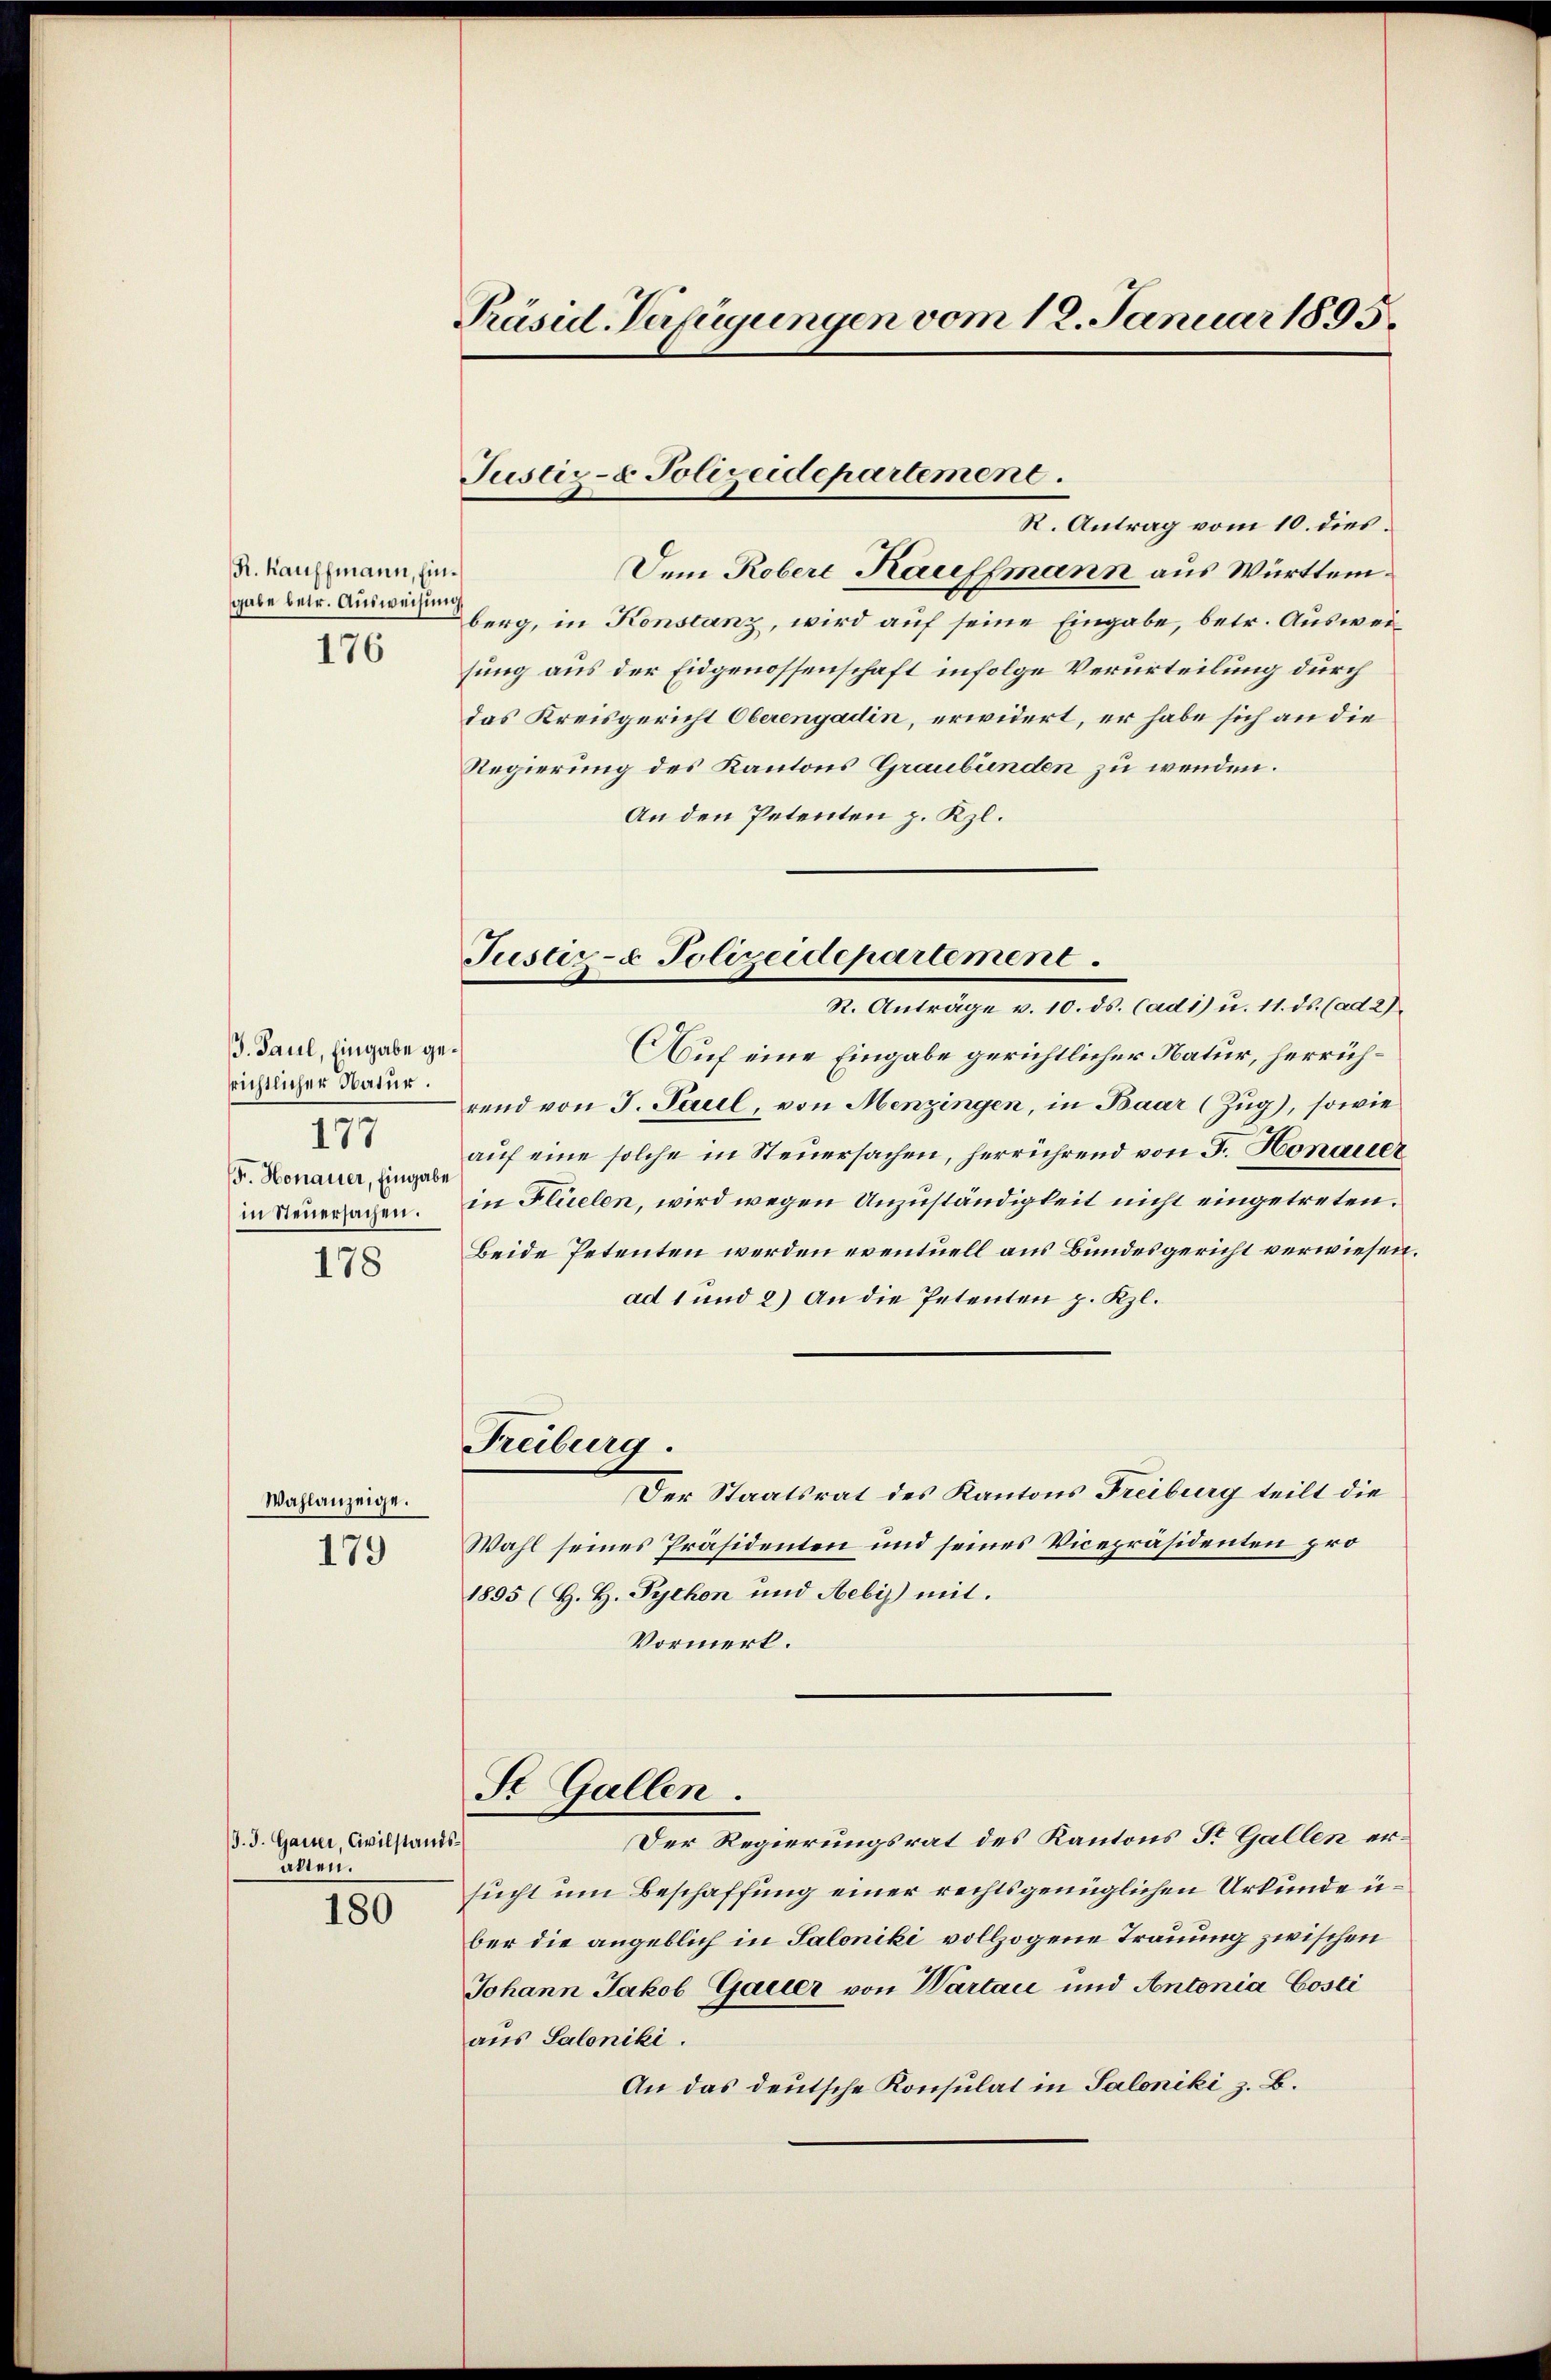
R. Kauffmann, Ein
gabe betr. Ausweisung
176

/3. Paul, Eingabe ge
srichtlicher Natur.
177
Fr. Honauer, Eingabe
in Steuersachen.

178

Wahlanzeige.

179

J. J. Garter, Civilstand
allen.

180

Präsid-Verfügungen vom 12. Januar 1895.

Justiz- & Polizeidepartement.

Justiz- & Polizeidepartement.
R. Anträge v. 10. ds. Cadi) u. 11. ds. (ad 2)

R. Antrag vom 10. dies.
e
Dem Robere Kauffmann aus Württem
berg, in Konstanz, wird auf seine Eingabe, betr. Ausweisung aus der Eidgenossenschaft infolge Verurteilung durch
das Kreisgericht Oberengadin, erwidert, er habe sich an die
Regierung des Kantons Graubünden zu wenden.
An den Petenten z. Kzl.
e
Auf eine Eingabe gerichtlicher Natur, herrührend von J. Paul, von Menzingen, in Baar (Zug), sowie
auf eine solche in Steuersachen, herrührend von F. Honauer
in Flüelen, wird wegen Unzuständigkeit nicht eingetreten.
Beide Petenten werden eventuell aus Bundesgericht verwiesen.
ad 1 und 2) An die Petenten p. Kzl.
Freiburg.
Der Staatsrat des Kantons Freiburg teilt die
Wahl seines Präsidenten und seines Vicepräsidenten pro¬
1895 (H. H. Pychon und Hebis mit.
Vormerk.
St. Gallen.
Der Regierungsrat des Kantons Sr. Gallen erb
sucht um Beschaffung einer rechtsgenüglichen Urkunde über die angeblich in Saloniki vollzogene Trauung zwischen
Johann Jakob Gauer von Wartau und Antonia Costi
aus Saloniki.
An das deutsche Konsulat in Saloniki z. B.